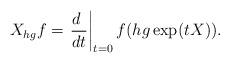
LaTeX: \begin{align*}X_{hg}f=\left.\frac{d\ }{dt}\right|_{t=0}f(hg\exp(tX)).\end{align*}